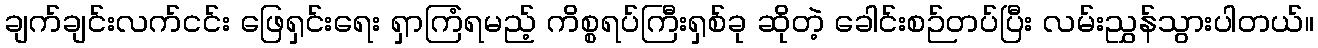
ချက်ချင်းလက်ငင်း ဖြေရှင်းရေး ရှာကြံရမည့် ကိစ္စရပ်ကြီးရှစ်ခု ဆိုတဲ့ ခေါင်းစဉ်တပ်ပြီး လမ်းညွှန်သွားပါတယ်။